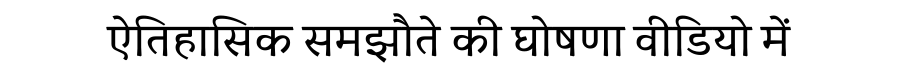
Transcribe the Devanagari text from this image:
ऐतिहासिक समझौते की घोषणा वीडियो में